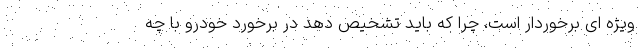
ویژه ای برخوردار است، چرا که باید تشخیص دهد در برخورد خودرو با چه